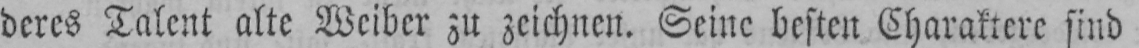
deres Talent alte Weiber zu zeichnen. Seine besten Charaktere sind